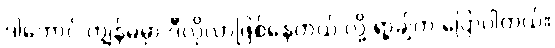
ဒါတောင် ကျွန်မမှာ ဒီလိုလာဖြစ်နေတယ် လို့ ရာ့ချ်က ပြောပါတယ်။